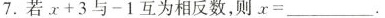
7.若$$x+3$$与-1互为相反数，则x=___.